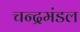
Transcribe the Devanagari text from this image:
चन्द्रमंडल